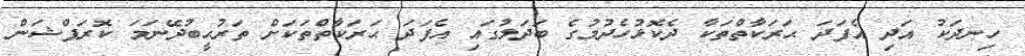
ހިނދަކު އަދި އެފަދަ ޙަރަކާތްތަކާ ދެކޮޅުހެދުމުގެ ބަދަލުގައި އެފަދަ ޙަރަކާތްތަކަށް ތަރުޙީބުދޭނަމަ ކޮރަޕްޝަން